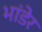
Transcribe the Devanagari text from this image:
भांडेर